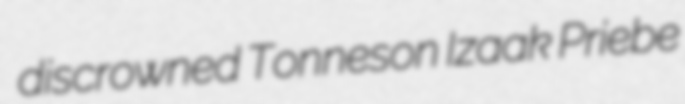
discrowned Tonneson Izaak Priebe